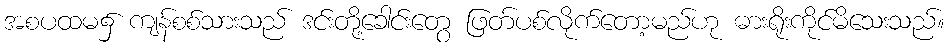
အစပထမ၌ ကျန်စစ်သားသည် ဒင်းတို့ခေါင်းတွေ ဖြတ်ပစ်လိုက်တော့မည်ဟု ဓားရိုးကိုင်မိသေးသည်။